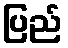
ပြည်